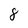
Character: 8